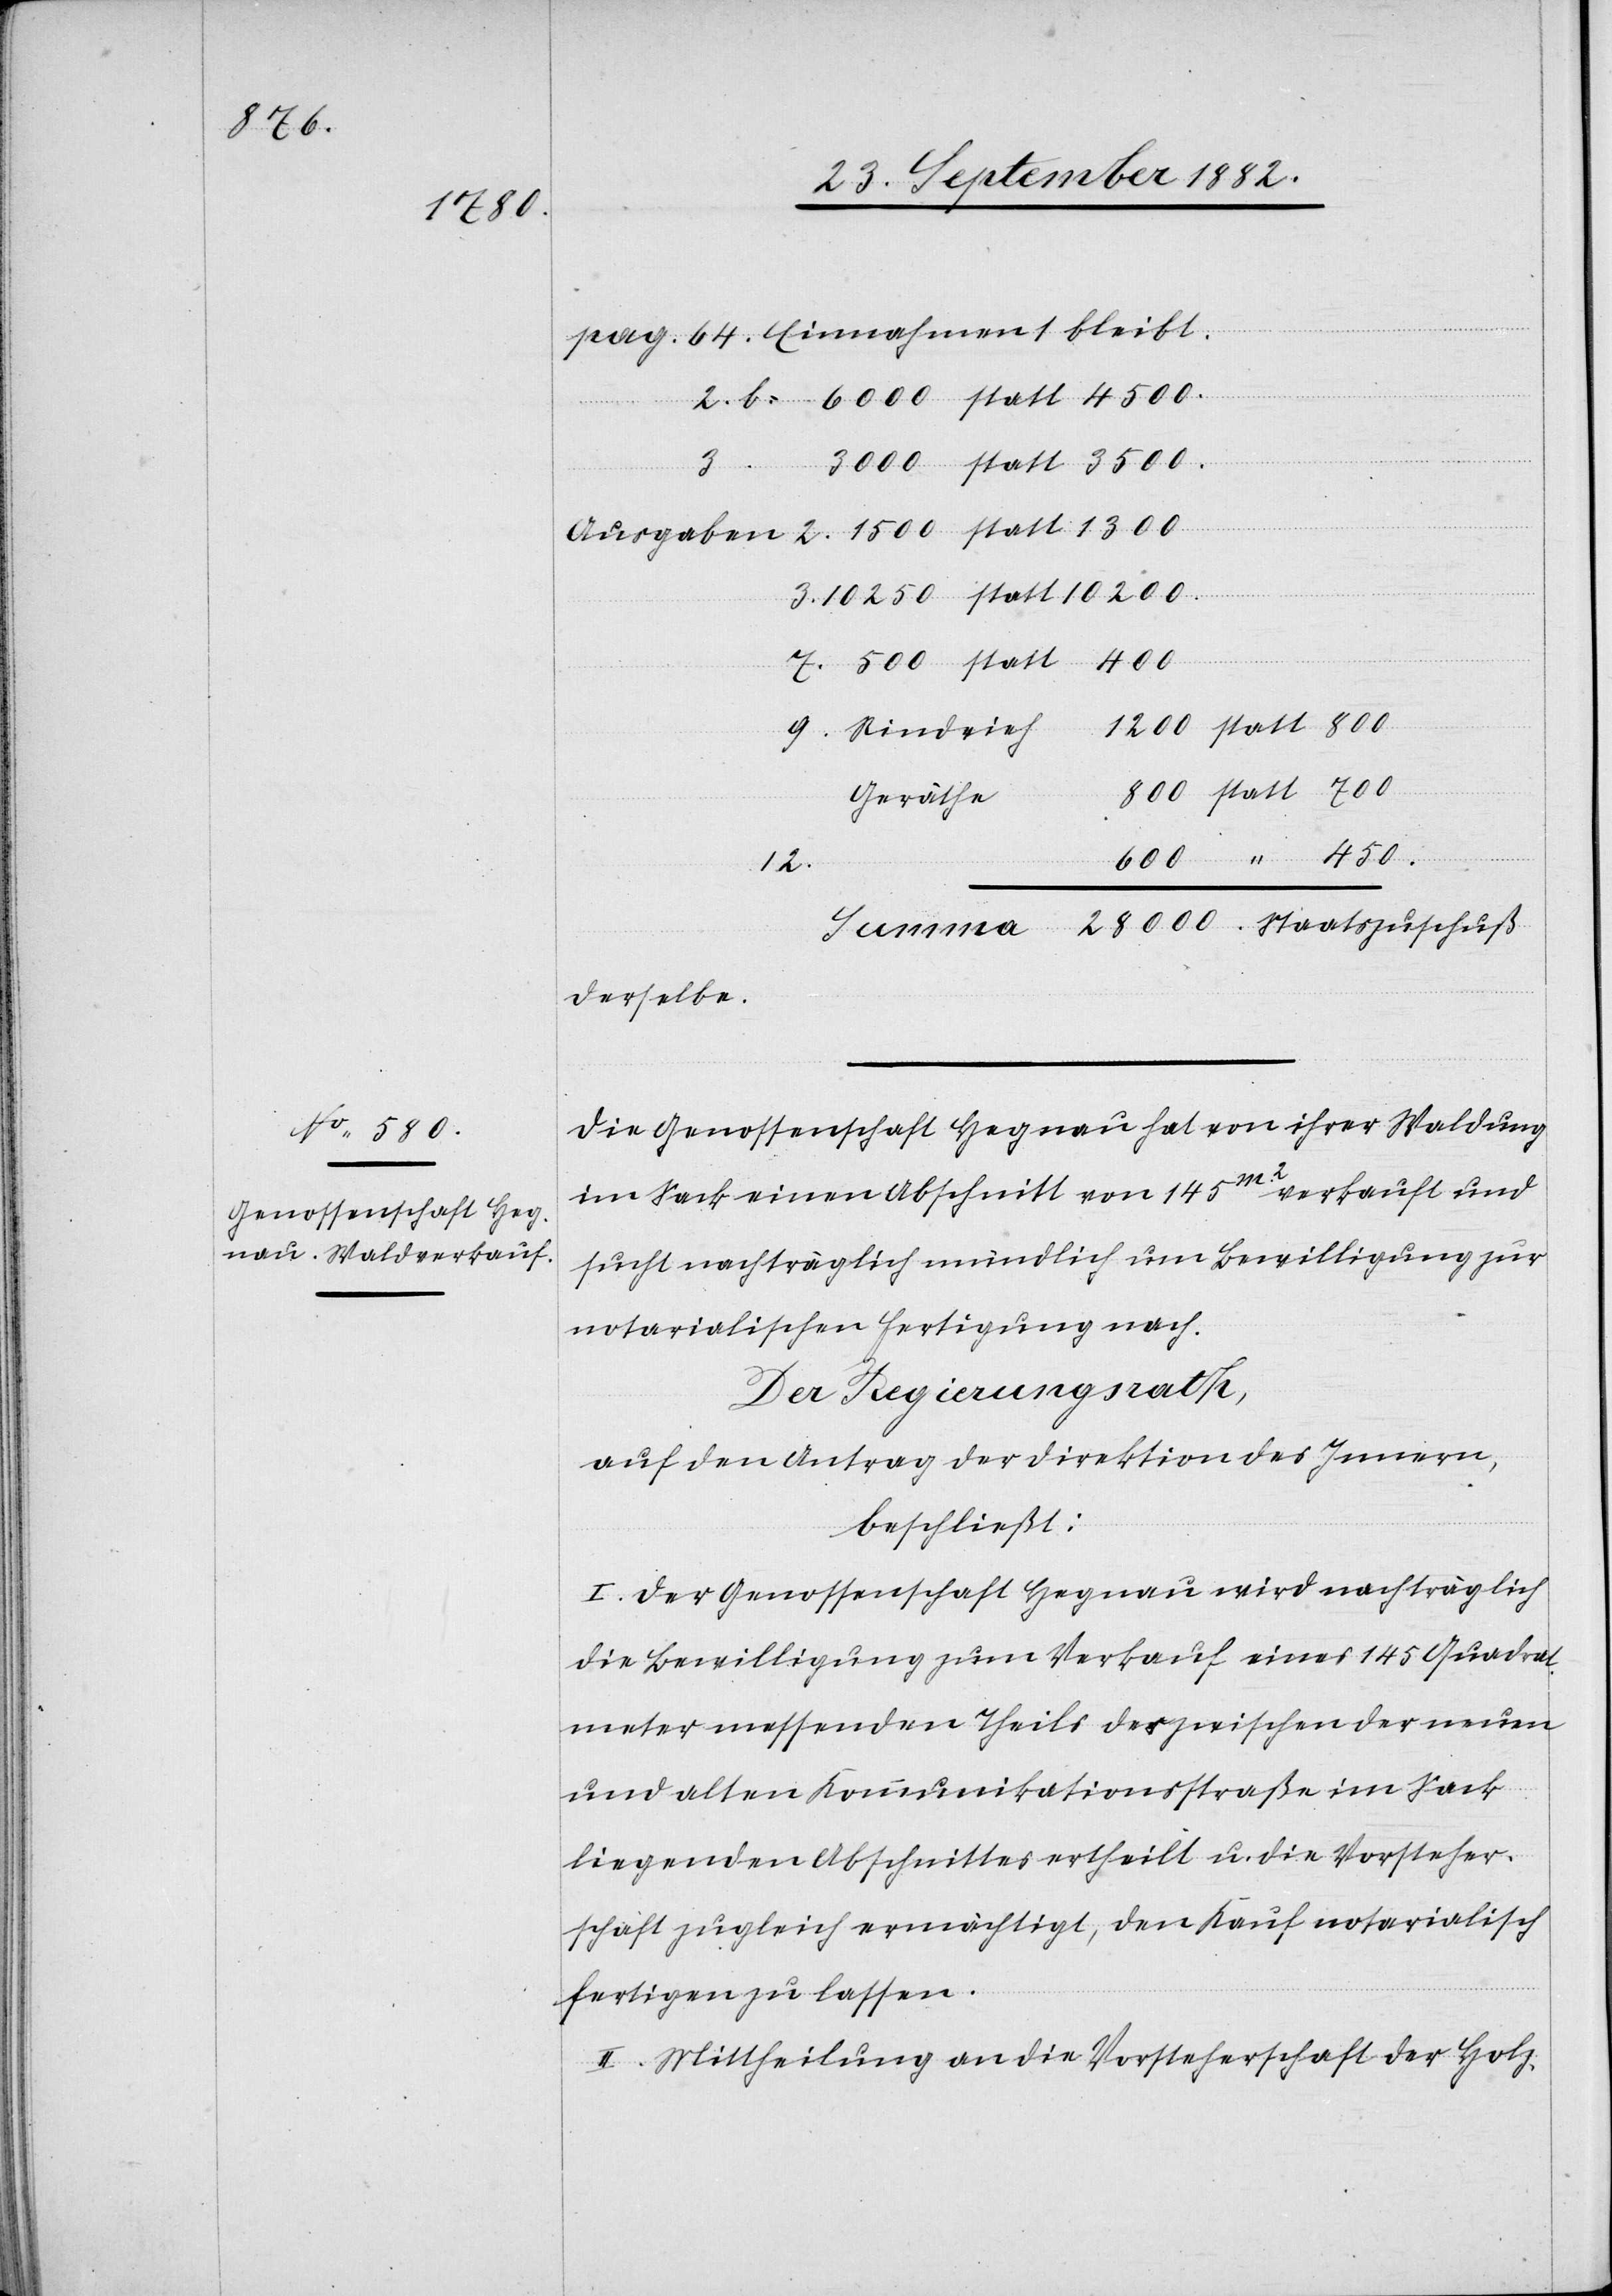
28000

Summa
pag 64. Einnahmen bleibt.
Ausgaben 2. 1500 statt
Geräthe
12.
derselbe.
Die Genossenschaft Hegnau hat von ihrer Waldung
im Sack einen Abschnitt von 145m2 verkauft und
sucht nachträglich mündlich um Bewilligung zur
notarialischen Fertigung nach.
Der Regierungsrath,
auf den Antrag der Direktion des Innern,
beschließt:
I. Der Genossenschaft Hegnau wird nachträglich
die Bewilligung zum Verkauf eines 145 Quadrat¬
meter messenden Theils des zwischen der neuen
und alten Kommunikationsstraße im Sack
liegenden Abschnittes ertheilt u. die Vorsteher¬
schaft zugleich ermächtigt, den Kauf notarialisch
fertigen zu lassen.
II. Mittheilung an die Vorsteherschaft der Holz-